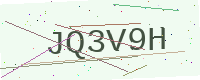
Text: JQ3V9H